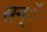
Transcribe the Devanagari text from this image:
सन्ॅ